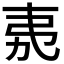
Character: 𭚨